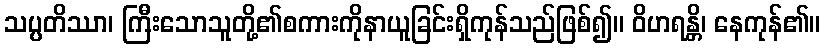
သပ္ပတိဿာ၊ ကြီးသောသူတို့၏စကားကိုနာယူခြင်းရှိကုန်သည်ဖြစ်၍။ ဝိဟရန္တိ၊ နေကုန်၏။